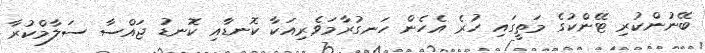
ބޭނުންކުރި ޓޭންކުގެ މަތީގައި ހުރެ އެހެން ހަނގުރާމަވެރިއަކާ ކޮނޑާއި ކޮނޑު ޖައްސާ ސަލާމްކުރާ